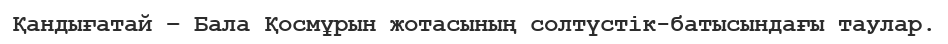
Қандығатай – Бала Қосмұрын жотасының солтүстік-батысындағы таулар.